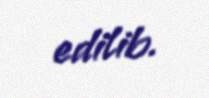
edilib.